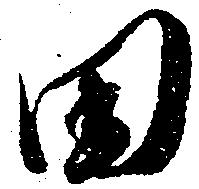
田